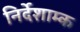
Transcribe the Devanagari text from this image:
निर्देशाम्क